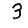
Digit: 3